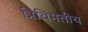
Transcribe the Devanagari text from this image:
त्रिविमतीय